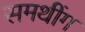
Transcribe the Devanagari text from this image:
समथींग